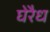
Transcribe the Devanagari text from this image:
घेरैध